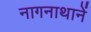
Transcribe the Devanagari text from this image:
नागनाथानें